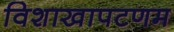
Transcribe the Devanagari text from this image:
विशाखापटणम